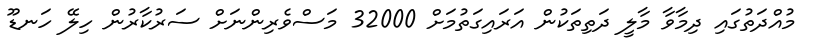
މުއްދަތުގައި ދިމާވާ މާލީ ދަތިތަކުން އަރައިގަތުމަށް 32000 މަސްވެރިންނަށް ސަރުކާރުން ހިލޭ ހަނޑޫ